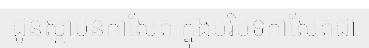
ជូនស្ថាបនកាសែត ក្នុងបរិបទកាសែតជា